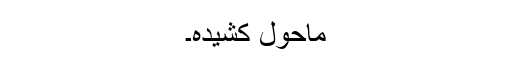
ماحول کشیدہ۔